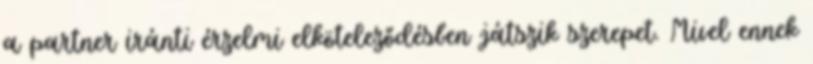
a partner iránti érzelmi elköteleződésben játszik szerepet. Mivel ennek